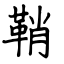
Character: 鞘